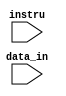
module write(instru,data_in);
   input [31:0] instru,data_in;
   wire [31:0] instru,data_in;
   reg [31:0] 	s0,s1,s2,s3,s4,s5,s6,s7,t0,t1,t2,t3,t4,t5,t6,t7,ra;
   	  always@(instru)
    case(instru[15:11])
         5'b01000: t0=data_in ;
         5'b01001: t1=data_in ;
         5'b01010: t2=data_in ;
         5'b01011: t3=data_in ;
         5'b01100: t4=data_in ;
         5'b01101: t5=data_in ;
         5'b01110: t6=data_in ;
         5'b01111: t7=data_in ;
         5'b10000: s0=data_in ;
         5'b10001: s1=data_in ;
         5'b10010: s2=data_in ;
         5'b10011: s3=data_in ;
         5'b10100: s4=data_in ;
         5'b10101: s5=data_in ;
         5'b10110: s6=data_in ;
         5'b10111: s7=data_in ;
         5'b11111: ra=data_in ;
         
		endcase
		
	  endmodule